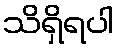
သိရှိရပါ